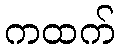
ကထက်